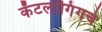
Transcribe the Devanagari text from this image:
कॅटलॉगिंगचे